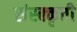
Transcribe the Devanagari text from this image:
संस्क्कृती